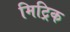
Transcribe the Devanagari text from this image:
मिट्रिक